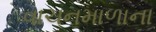
વાચનમાળાના